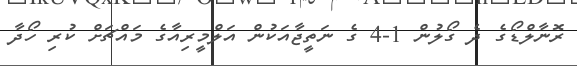
ރޮނާލްޑޯގެ ދެ ގޯލުން 1-4 ގެ ނަތީޖާއަކުން އަލްމީރިއާގެ މައްޗަށް ކުރި ހޯދާ